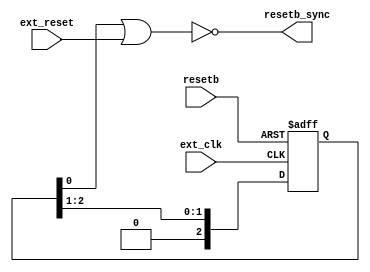
// SPDX-FileCopyrightText: 2020 Efabless Corporation
//
// Licensed under the Apache License, Version 2.0 (the "License");
// you may not use this file except in compliance with the License.
// You may obtain a copy of the License at
//
//      http://www.apache.org/licenses/LICENSE-2.0
//
// Unless required by applicable law or agreed to in writing, software
// distributed under the License is distributed on an "AS IS" BASIS,
// WITHOUT WARRANTIES OR CONDITIONS OF ANY KIND, either express or implied.
// See the License for the specific language governing permissions and
// limitations under the License.
// SPDX-License-Identifier: Apache-2.0

//tony_debug `default_nettype none
// This routine synchronizes the 

module caravel_clocking(
`ifdef USE_POWER_PINS
input wire VPWR,
input wire VGND,
`endif
input wire resetb,
input wire ext_clk,
input wire ext_reset,
output wire resetb_sync //  Output propagated and buffered reset
);

    // Reset assignment.  "reset" comes from POR, while "ext_reset"
    // comes from standalone SPI (and is normally zero unless
    // activated from the SPI).

    // Staged-delay reset
    reg [2:0] reset_delay;

    // Vic: remove assigning core_clk here, change core_clk to ext_clk
    always @(negedge ext_clk or negedge resetb) begin
        if (resetb == 1'b0) begin
        reset_delay <= 3'b111;
        end else begin
        reset_delay <= {1'b0, reset_delay[2:1]};
        end
    end

    assign resetb_sync = ~(reset_delay[0] | ext_reset);

endmodule
//tony_debug `default_nettype wire